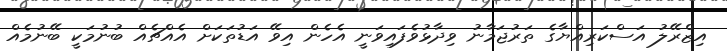
އިޒްރޭލު އަސްކަރިއްޔާގެ ތަރުޖަމާނު ވިދާޅުވެފައިވަނީ އެހެން އިވޭ އަޑުތަކަށް އެއްޗެއް ބުނުމަކީ ބޭނުމެއް